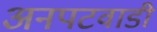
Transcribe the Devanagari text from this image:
अनपटवाडी